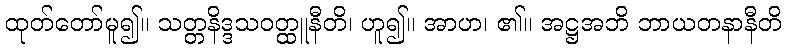
ထုတ်တော်မူ၍။ သတ္တနိဒ္ဒသဝတ္ထူနီတိ၊ ဟူ၍။ အာဟ၊ ၏။ အဋ္ဌအဘိ ဘာယတနာနီတိ